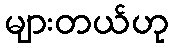
များတယ်ဟု